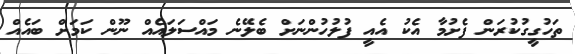
ތަހުގީގުކުރަން ފެށުމާ އެކު އެއީ ފުލުހުންނަށް ބެލޭނެ މައްސަލައެއް ނޫން ކަމަށް ބައެއް